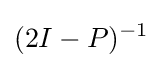
(2I-P)^{-1}